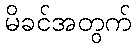
မိခင်အတွက်